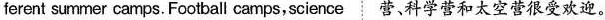
ferent summer camps. Football camps,science营、科学营和太空营很受欢迎.